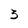
Character: 3